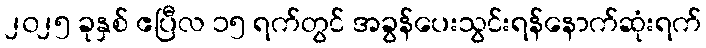
၂၀၂၅ ခုနှစ် ဧပြီလ ၁၅ ရက်တွင် အခွန်ပေးသွင်းရန်နောက်ဆုံးရက်